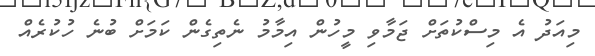
މިއަދު އެ މިސްކުތަށް ޖަމާވި މީހުން އިމާމު ނެތިގެން ކަމަށް ބުނެ ހުކުރެއް